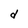
Character: d